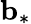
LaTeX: {\mathbf{b}}_{\ast}